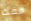
مفك